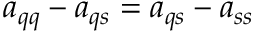
a _ { q q } - a _ { q s } = a _ { q s } - a _ { s s }